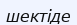
шектіде